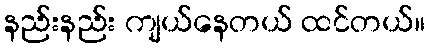
နည်းနည်း ကျယ်နေတယ် ထင်တယ်။